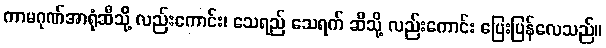
ကာမဂုဏ်အာရုံဆီသို့ လည်းကောင်း၊ သေရည် သေရက် ဆီသို့ လည်းကောင်း ပြေးပြန်လေသည်။